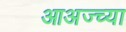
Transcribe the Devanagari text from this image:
आअज्च्या